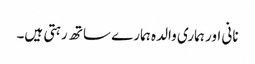
نانی اور ہماری والدہ ہمارے ساتھ رہتی ہیں۔